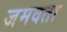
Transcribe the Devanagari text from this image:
जमवता